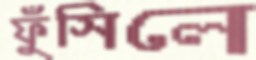
ফুঁসিলে